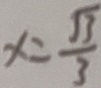
x = \frac { \sqrt { 3 } } { 3 }